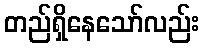
တည်ရှိနေသော်လည်း